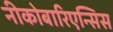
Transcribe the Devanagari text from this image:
नीकोबारिएन्सिस